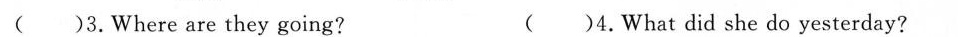
( )3.Where are they going? ( )4.What did she do yesterday?